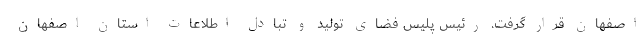
اصفهان قرار گرفت. رئیس پلیس فضای تولید و تبادل اطلاعات استان اصفهان